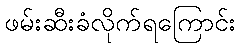
ဖမ်းဆီးခံလိုက်ရကြောင်း